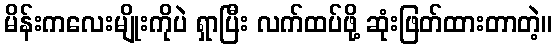
မိန်းကလေးမျိုးကိုပဲ ရှာပြီး လက်ထပ်ဖို့ ဆုံးဖြတ်ထားတာတဲ့။